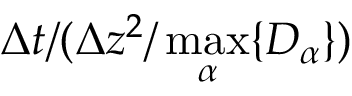
\Delta t / ( \Delta z ^ { 2 } / \operatorname* { m a x } _ { \alpha } \{ D _ { \alpha } \} )